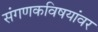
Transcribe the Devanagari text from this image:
संगणकविषयांवर